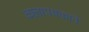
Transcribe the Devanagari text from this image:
कलापथकाने